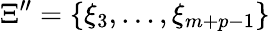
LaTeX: \Xi^{\prime\prime}=\{ \xi_{3},\ldots,\xi_{m+p-1}\}